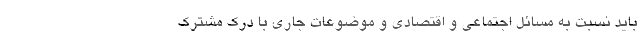
باید نسبت به مسائل اجتماعی و اقتصادی و موضوعات جاری با درک مشترک